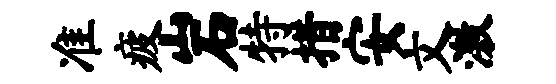
准疲岩特措安文激